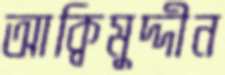
আক্বিমুদ্দীন